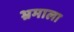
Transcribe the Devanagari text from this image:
भ्रमाला